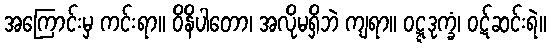
အကြောင်းမှ ကင်းရာ။ ဝိနိပါတော၊ အလိုမရှိဘဲ ကျရာ။ ဝဋ္ဋဒုက္ခံ၊ ဝဋ်ဆင်းရဲ။